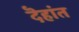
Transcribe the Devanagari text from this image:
दॆहांत